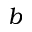
b